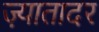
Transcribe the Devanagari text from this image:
ज़्यातादर